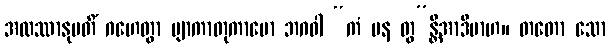
အထဿာနုမတိံ ဂဟေတွာ ဗျာကာတုကာမော ဘဂဝါ “ကံ ပန တွ”န္တိအာဒိမာဟ။ တတော သော